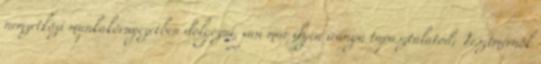
nemzetközi munkakörnyezetben dolgozni, van már ilyen irányú tapasztalatod; Tesztmérnök